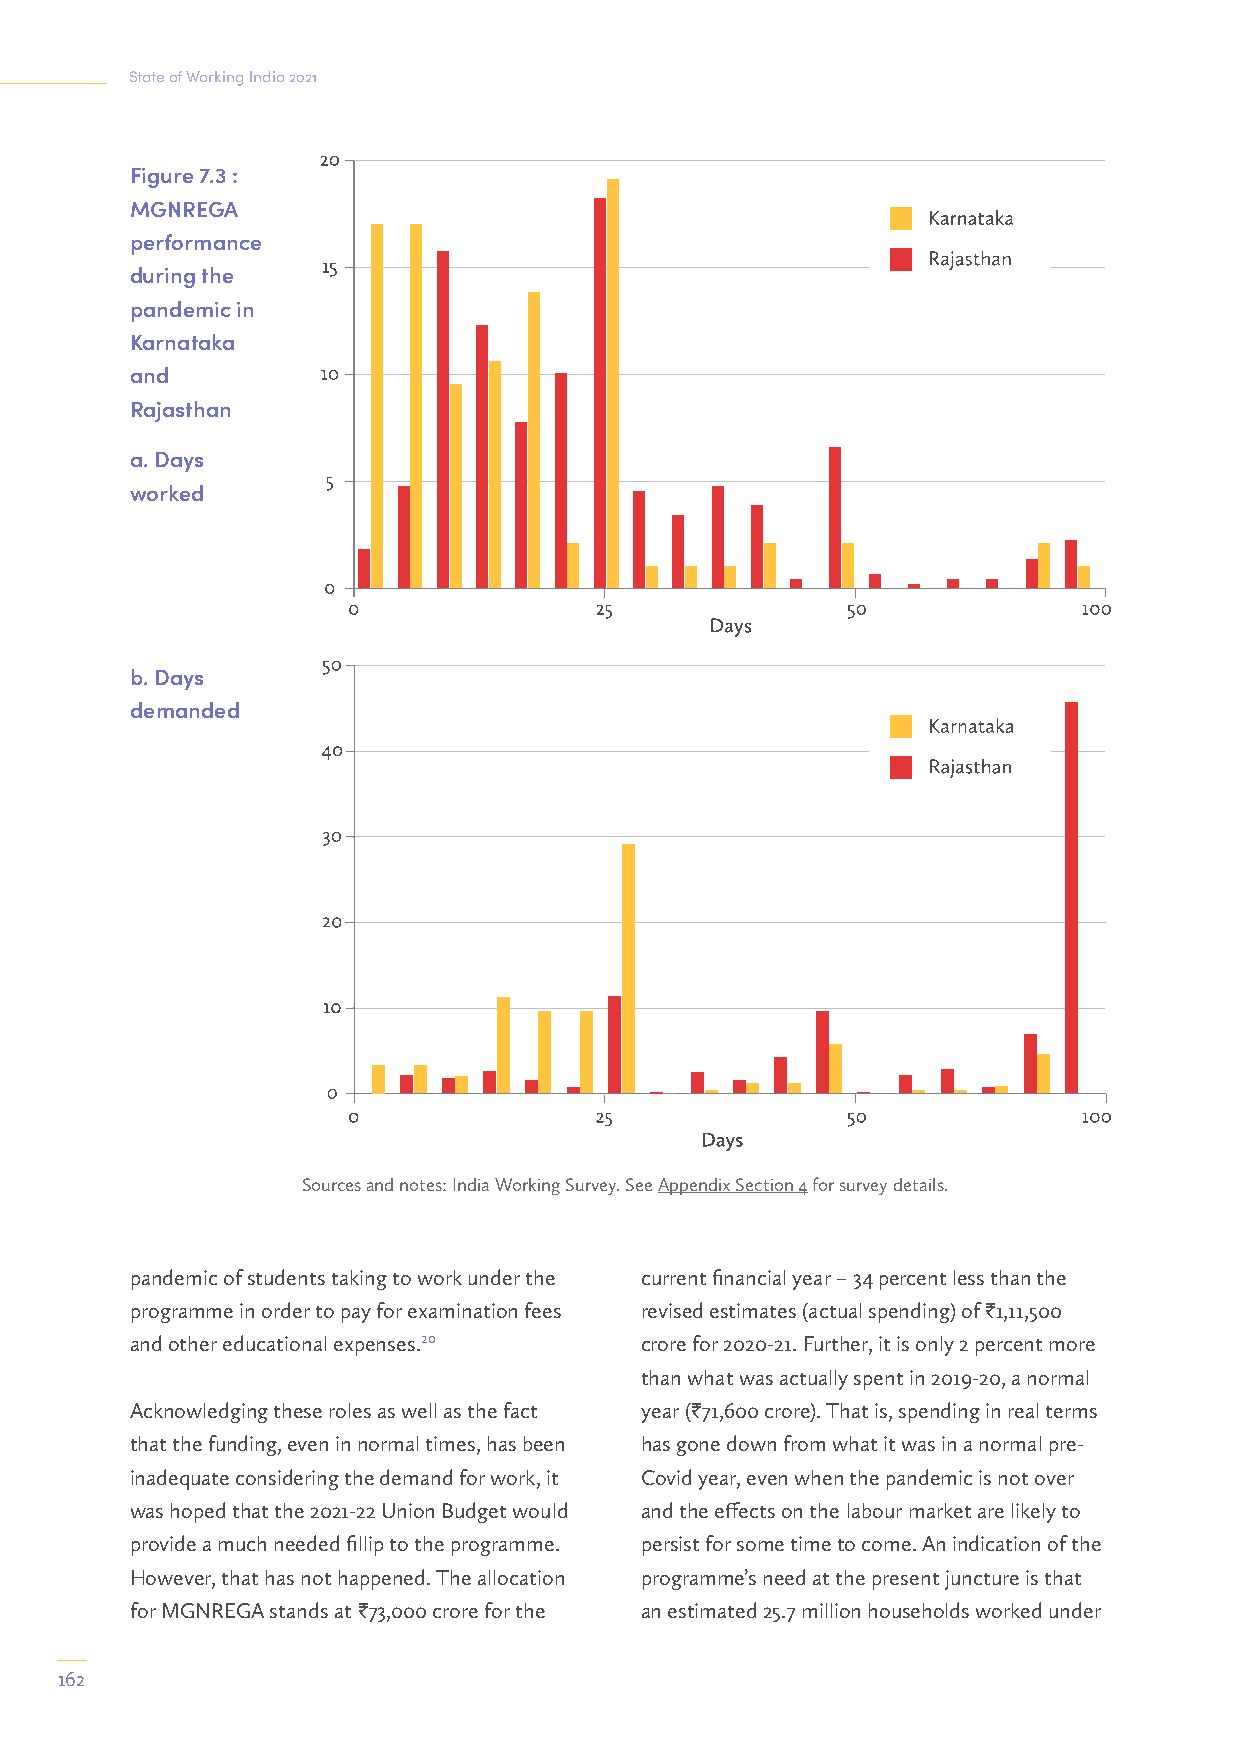
State of Working India 2021
 Figure 7.3 :
 MGNREGA
 performance
 during the
 pandemic in
 Karnataka
 and
 Rajasthan
 a. Days
 worked
 b. Days
 demanded
 Sources and notes: India Working Survey. See Appendix Section 4 for survey details.
 pandemic of students taking to work under the current financial year – 34 percent less than the
 programme in order to pay for examination fees revised estimates (actual spending) of I1,11,500
 and other educational expenses.20 crore for 2020-21. Further, it is only 2 percent more
 than what was actually spent in 2019-20, a normal
 Acknowledging these roles as well as the fact year (I71,600 crore). That is, spending in real terms
 that the funding, even in normal times, has been has gone down from what it was in a normal pre-
 inadequate considering the demand for work, it Covid year, even when the pandemic is not over
 was hoped that the 2021-22 Union Budget would and the effects on the labour market are likely to
 provide a much needed fillip to the programme. persist for some time to come. An indication of the
 However, that has not happened. The allocation programme’s need at the present juncture is that
 for MGNREGA stands at I73,000 crore for the an estimated 25.7 million households worked under
 162